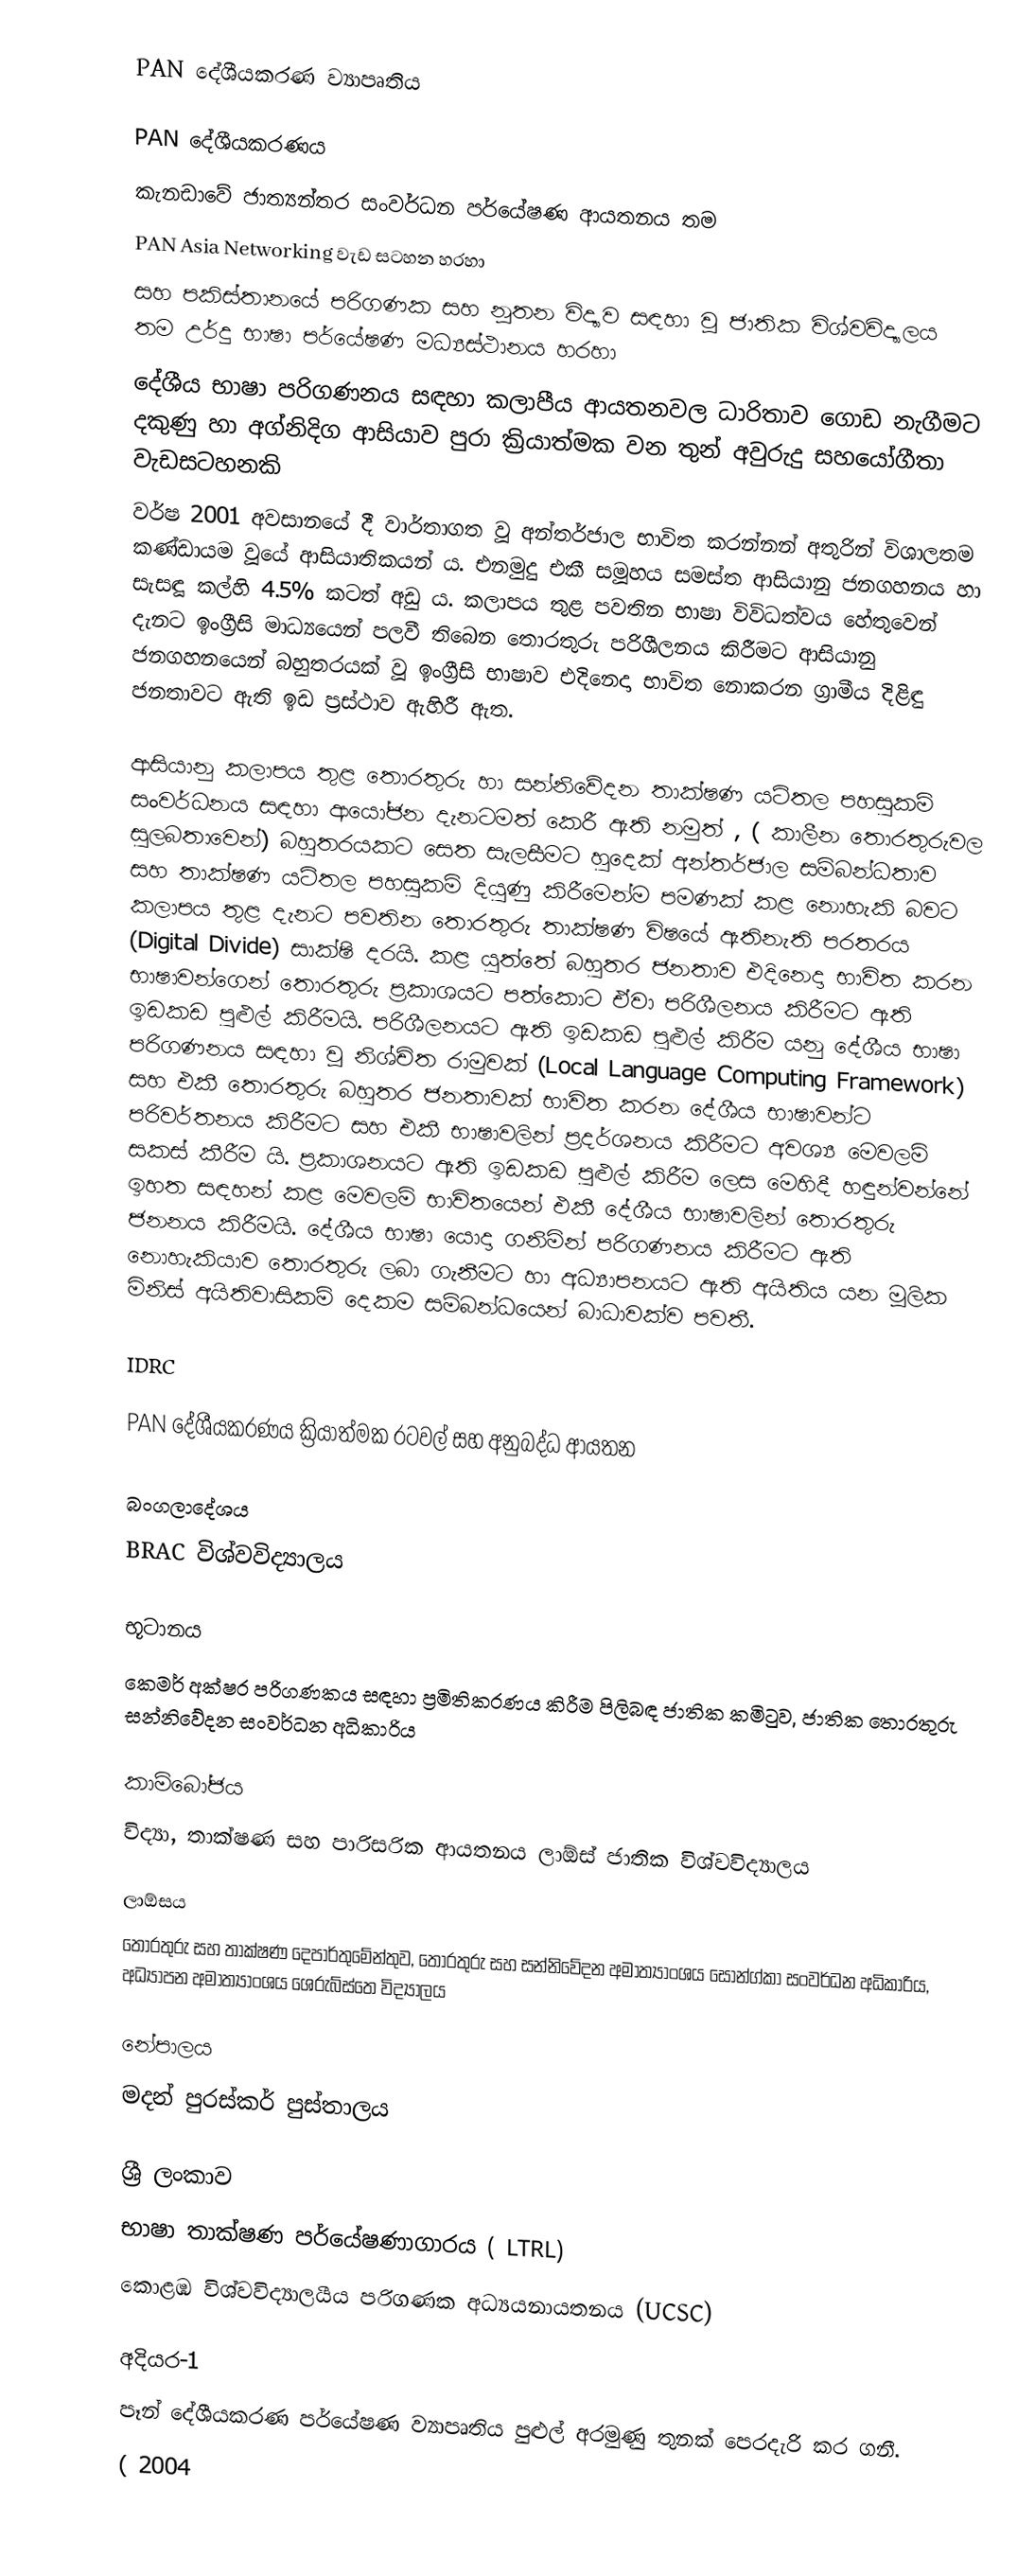
PAN දේශීයකරණ ව්‍යාපෘතිය

PAN දේශීයකරණය
කැනඩාවේ ජාත්‍යන්තර සංවර්ධන පර්යේෂණ ආයතනය තම
PAN Asia Networking වැඩ සටහන හරහා
සහ  පකිස්තානයේ පරිගණක සහ නූතන විද්‍යාව සඳහා වූ ජාතික විශ්වවිද්‍යාලය තම උර්දු භාෂා පර්යේෂණ මධ්‍යස්ථානය හරහා
දේශීය භාෂා පරිගණනය සඳහා කලාපීය ආයතනවල ධාරිතාව ගොඩ නැගීමට දකුණු හා අග්නිදිග ආසියාව පුරා ක්‍රියාත්මක වන තුන් අවුරුදු සහයෝගීතා වැඩසටහනකි
වර්ෂ  2001  අවසානයේ දී වාර්තාගත වූ අන්තර්ජාල භාවිත කරන්නන් අතුරින් විශාලතම කණ්ඩායම වූයේ ආසියාතිකයන් ය. එනමුදු එකී සමූහය සමස්ත ආසියානු ජනගහනය හා සැසඳූ කල්හි 4.5%  කටත් අඩු ය. කලාපය තුළ පවතින භාෂා විවිධත්වය හේතුවෙන් දැනට ඉංග්‍රීසි මාධ්‍යයෙන් පලවී තිබෙන තොරතුරු පරිශීලනය කිරීමට ආසියානු ජනගහනයෙන් බහුතරයක් වූ ඉංග්‍රීසි භාෂාව එදිනෙදා භාවිත නොකරන ග්‍රාමීය දිළිඳු ජනතාවට ඇති ඉඩ ප්‍රස්ථාව ඇහිරී ඇත.

ආසියානු කලාපය තුළ තොරතුරු හා සන්නිවේදන තාක්ෂණ යටිතල පහසුකම් සංවර්ධනය සඳහා ආයෝජන දැනටමත් කෙරී ඇති නමුත් , ( කාලීන තොරතුරුවල සුලබතාවෙන්) බහුතරයකට සෙත සැලසීමට හුදෙක් අන්තර්ජාල සම්බන්ධතාව සහ තාක්ෂණ යටිතල පහසුකම් දියුණු කිරීමෙන්ම පමණක් කළ නොහැකි බවට කලාපය තුළ දැනට පවතින තොරතුරු තාක්ෂණ විෂයේ ඇතිනැති පරතරය (Digital Divide)  සාක්ෂි දරයි. කළ යුත්තේ බහුතර ජනතාව එදිනෙදා භාවිත කරන භාෂාවන්ගෙන් තොරතුරු ප්‍රකාශයට පත්කොට ඒවා පරිශීලනය කිරීමට ඇති ඉඩකඩ පුළුල් කිරීමයි. පරිශීලනයට ඇති ඉඩකඩ පුළුල් කිරීම යනු දේශීය භාෂා පරිගණනය සඳහා වූ නිශ්චිත රාමුවක්  (Local Language Computing Framework) සහ එකී තොරතුරු බහුතර ජනතාවක් භාවිත කරන දේශීය භාෂාවන්ට පරිවර්තනය කිරීමට සහ එකී භාෂාවලින් ප්‍රදර්ශනය කිරීමට අවශ්‍ය මෙවලම් සකස් කීරීම යි. ප්‍රකාශනයට ඇති ඉඩකඩ පුළුල් කිරීම ලෙස මෙහිදී හඳුන්වන්නේ ඉහත සඳහන් කළ මෙවලම් භාවිතයෙන් එකී දේශීය භාෂාවලින් තොරතුරු ජනනය කිරීමයි. දේශීය භාෂා යොදා ගනිමින් පරිගණනය කිරීමට ඇති නොහැකියාව තොරතුරු ලබා ගැනීමට හා අධ්‍යාපනයට ඇති අයිතිය යන මූලික මිනිස් අයිතිවාසිකම් දෙකම සම්බන්ධයෙන් බාධාවක්ව පවතී.

IDRC

PAN දේශීයකරණය ක්‍රියාත්මක ර‍ටවල් සහ අනුබද්ධ ආයතන

බංගලාදේශය
BRAC  විශ්වවිද්‍යාලය

භූටානය
කෙමර් අක්ෂර පරිගණකය සඳහා ප්‍රමිතිකරණය කිරීම පිලිබඳ ජාතික කමිටුව,   ජාතික තොරතුරු සන්නිවේදන සංවර්ධන අධිකාරිය

කාම්බෝජය
 විද්‍යා,  තාක්ෂණ සහ පාරිසරික ආයතනය ලාඕස් ජාතික විශ්වවිද්‍යාලය

ලාඕසය
තොරතුරු සහ තාක්ෂණ දෙපාර්තුමේන්තුව, තොරතුරු සහ සන්නිවේදන අමාත්‍යාංශය සොන්ග්කා සංවර්ධන අධිකාරිය,  අධ්‍යාපන අමාත්‍යාංශය  ශෙරුබ්ස්තෙ විද්‍යාලය

නේපාලය
මදන් පුරස්කර් පුස්තාලය

ශ්‍රී ලංකාව
භාෂා තාක්ෂණ පර්යේෂණාගාරය ( LTRL)
කොළඹ විශ්වවිද්‍යාලයීය පරිගණක අධ්‍යයනායතනය (UCSC)

අදියර-1
පෑන් දේශීයකරණ පර්යේෂණ ව්‍යාපෘතිය පුළුල් අරමුණු තුනක් පෙරදැරි කර ගනී.
( 2004